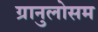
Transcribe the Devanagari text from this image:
ग्रानुलोसम